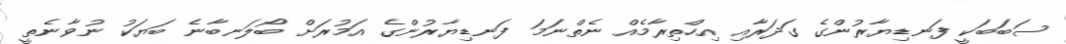
ސަބަބަކީ ފަނޑިޔާރުންގެ ގަދަރާއި އިހްތިރާމެއް ނެތްނަމަ ފަނޑިޔާރުންގެ އަމުރަށް ބޯލަނބާނެ ބަޔަކު ނުވާނެތީ